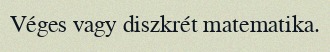
Véges vagy diszkrét matematika.